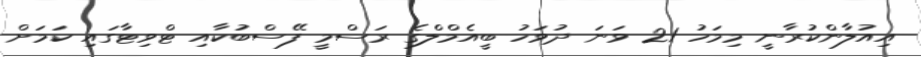
އިއުލާންކުރާނީ މިމަހު 21 ވަނަ ދުވަހު ބީއެމްލްގެ ރަސްމީ ފޭސްބުކާއި ޓްވިޓާގައި ކަމަށް